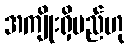
အကျိုးရှိမည်ဟု